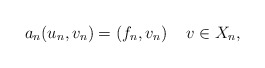
\begin{align*} a_n(u_n, v_n)=(f_n, v_n) \quad\, v\in X_n,\end{align*}